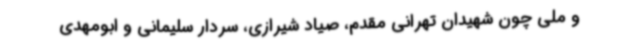
و ملی چون شهیدان تهرانی مقدم‌، صیاد شیرازی، سردار سلیمانی و ابومهدی